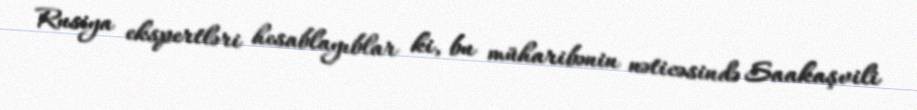
Rusiya ekspertləri hesablayıblar ki, bu müharibənin nəticəsində Saakaşvili